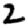
Digit: 2